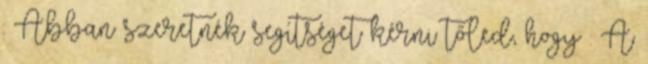
: Abban szeretnék segítséget kérni tőled, hogy : A